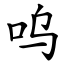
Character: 呜